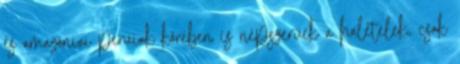
és amazóniai peruiak körében is népszerűek a halételek, csak